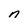
Character: n